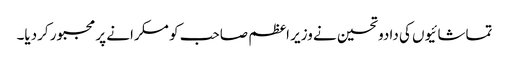
تماشائیوں کی دادوتحسین نے وزیر اعظم صاحب کو مسکرانے پر مجبور کردیا۔